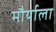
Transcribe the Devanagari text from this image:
मौर्याला